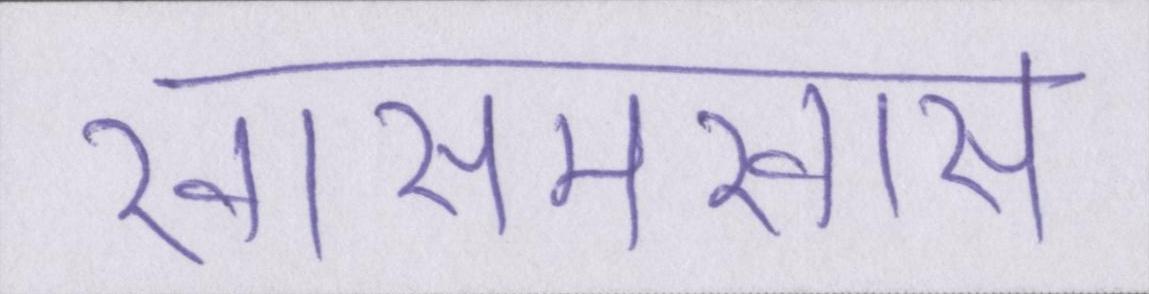
खासमखास